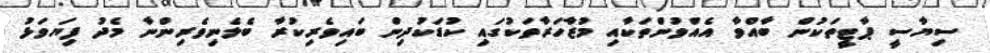
ސިޔާސީ ޕާޓީތަކުން ބާއްވާ އެއްވުންތަކާއި މުޒާހަރާތަކުގައި ކުޑަކުދިން ބައިވެރިކުރާ ބެލެނިވެރިންނާ މެދު ފިޔަވަޅު